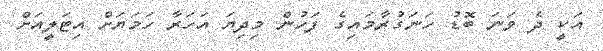
އަކީ ދެ ވަނަ ބޮޑު ހަނަގުރާމައިގެ ފަހުން މިދިޔަ އަހަރާ ހަމަޔަށް އިޓަލީއަށް